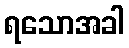
ရသောအခါ